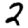
Digit: 2